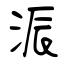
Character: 浱